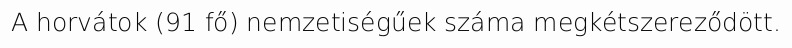
A horvátok (91 fő) nemzetiségűek száma megkétszereződött.